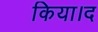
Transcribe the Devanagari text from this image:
किया।द